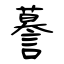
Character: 謩